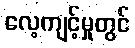
လေ့ကျင့်မှုတွင်